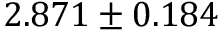
2 . 8 7 1 \pm 0 . 1 8 4